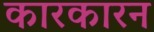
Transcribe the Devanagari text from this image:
कारकारन